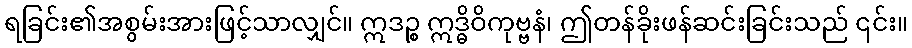
ရခြင်း၏အစွမ်းအားဖြင့်သာလျှင်။ ဣဒဉ္စ ဣဒ္ဓိဝိကုဗ္ဗနံ၊ ဤတန်ခိုးဖန်ဆင်းခြင်းသည် ၎င်း။